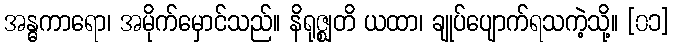
အန္ဓကာရော၊ အမိုက်မှောင်သည်။ နိရုဇ္ဈတိ ယထာ၊ ချုပ်ပျောက်ရသကဲ့သို့။ [၀၁]